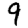
Digit: 9